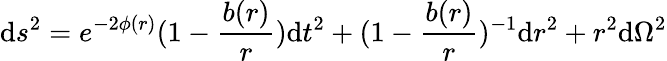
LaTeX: \mathrm{d}s^{2}=e^{-2\phi(r)}(1-\frac{{b(r)}}{{r}})\mathrm{d}t^{2}+(1-\frac{{b(r)}}{{r}})^{-1}\mathrm{d}r^{2}+r^{2}\mathrm{d}\Omega^{2}